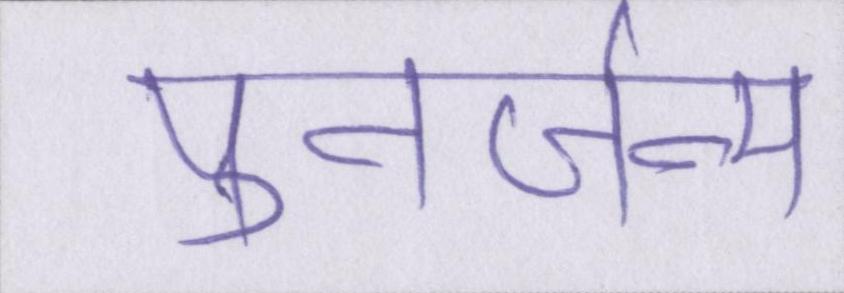
पुनर्जन्म